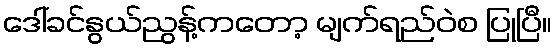
ဒေါ်ခင်နွယ်ညွန့်ကတော့ မျက်ရည်ဝဲစ ပြုပြီ။